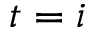
t = i